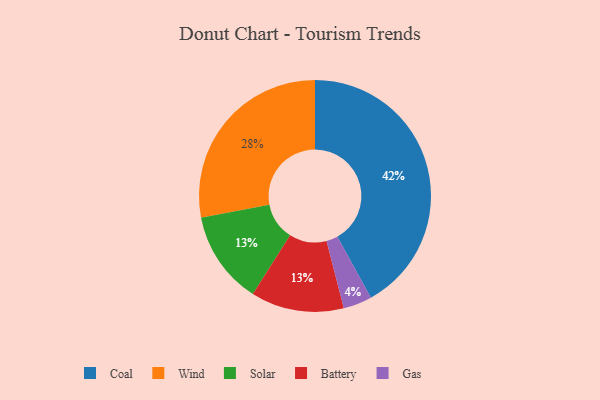
{"axis": {"x": "Category", "y": "Percentage"}, "legend": ["Battery", "Coal", "Gas", "Solar", "Wind"], "data": [{"x": "Solar", "y": 13, "type": "Solar"}, {"x": "Gas", "y": 4, "type": "Gas"}, {"x": "Battery", "y": 13, "type": "Battery"}, {"x": "Coal", "y": 42, "type": "Coal"}, {"x": "Wind", "y": 28, "type": "Wind"}]}